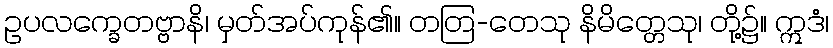
ဥပလက္ခေတဗ္ဗာနိ၊ မှတ်အပ်ကုန်၏။ တတြ-တေသု နိမိတ္တေသု၊ တို့၌။ ဣဒံ၊